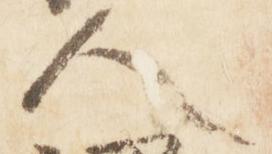
人